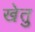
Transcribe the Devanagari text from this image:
खेतु